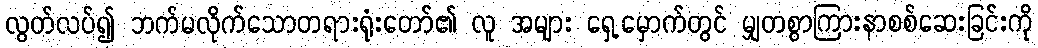
လွတ်လပ်၍ ဘက်မလိုက်သောတရားရုံးတော်၏ လူ အများ ရှေ့မှောက်တွင် မျှတစွာကြားနာစစ်ဆေးခြင်းကို